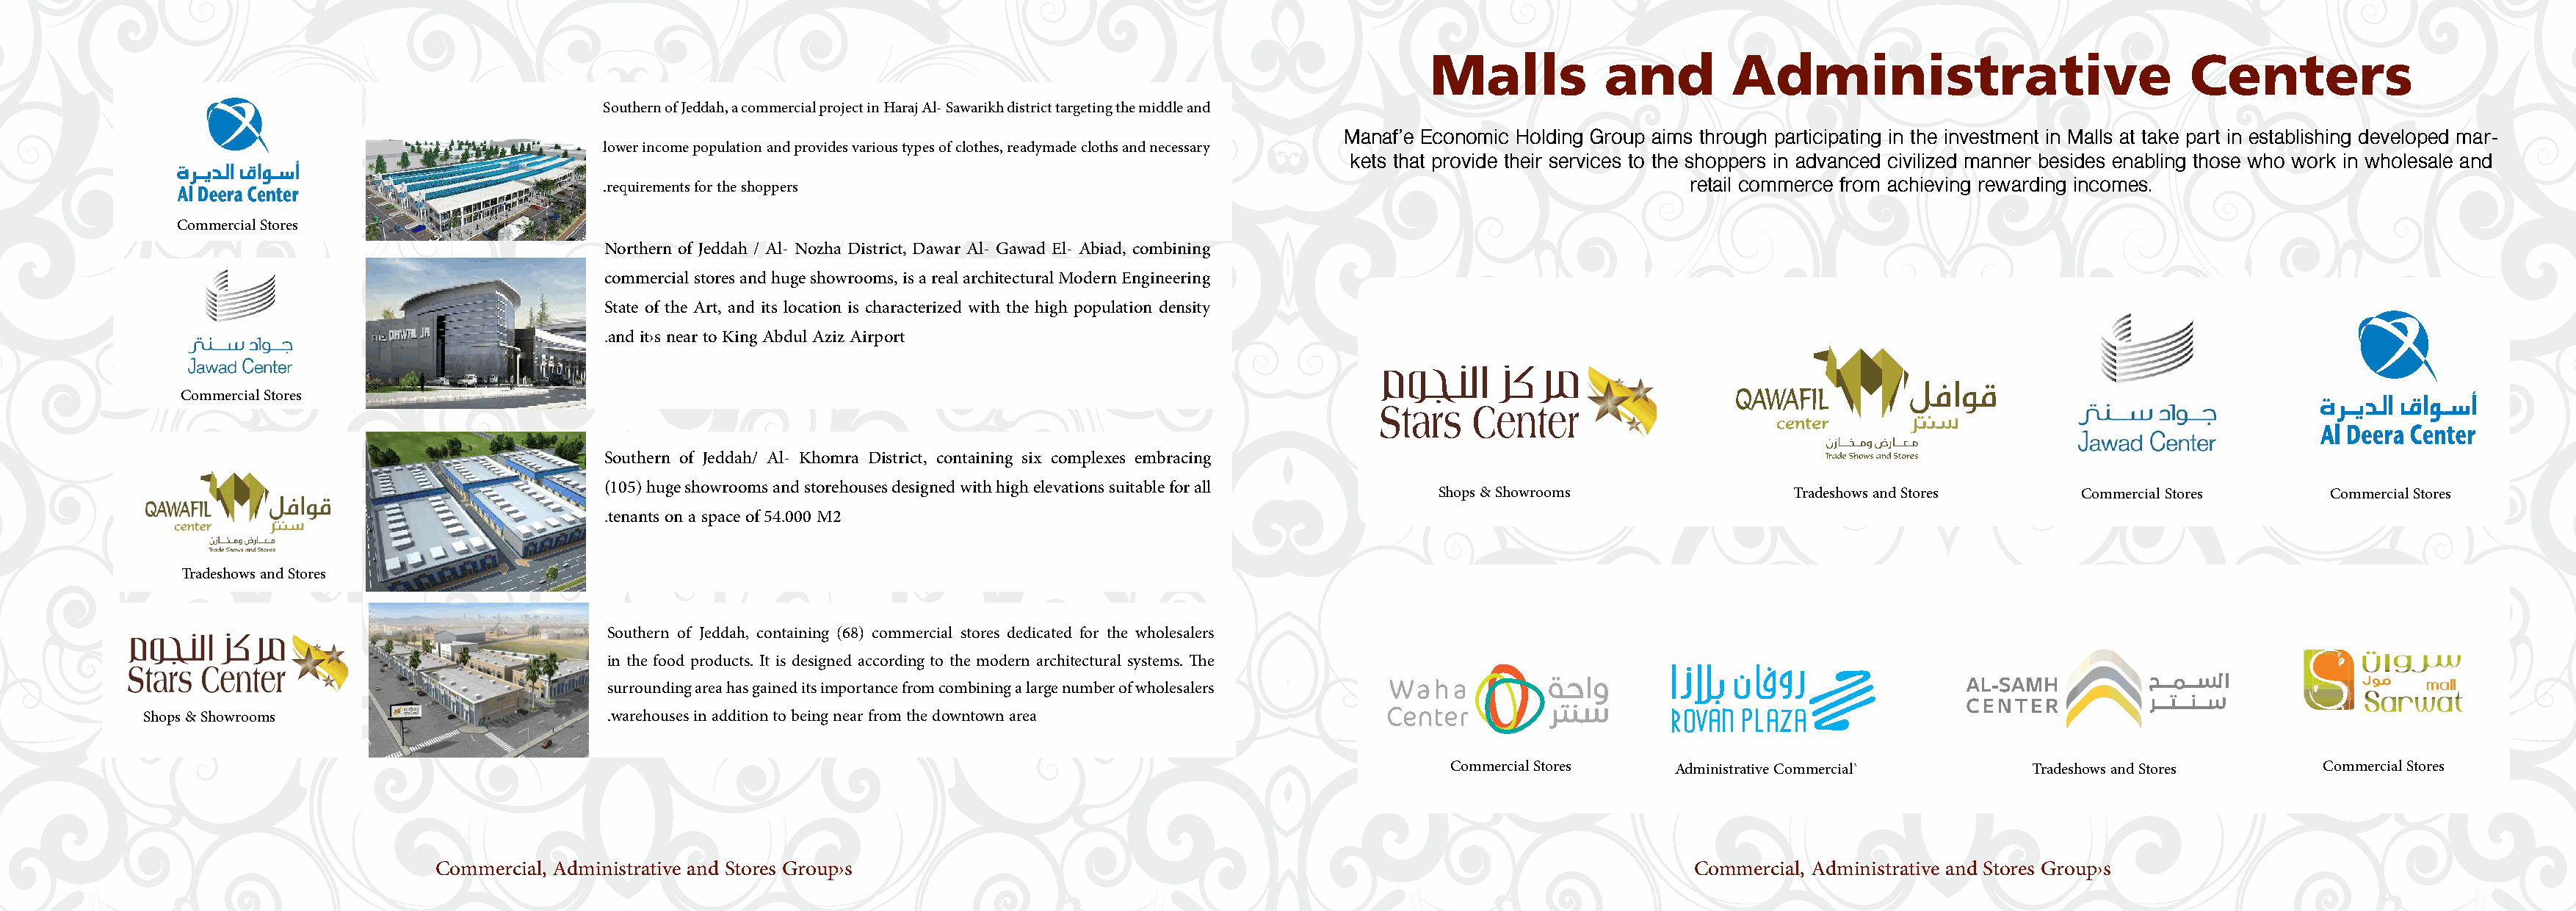
Malls           and        Administrative                           Centers
 Southern of Jeddah, a commercial project in Haraj Al- Sawarikh district targeting the middle and
 Manaf’e Economic Holding Group aims through participating in the investment in Malls at take part in establishing developed mar-
 lower income population and provides various types of clothes, readymade cloths and necessary
 kets that provide their services to the shoppers in advanced civilized manner besides enabling those who work in wholesale and
 .requirements for the shoppers                                                                    retail commerce from achieving rewarding incomes.
 Commercial Stores
 Northern of Jeddah / Al- Nozha District, Dawar Al- Gawad El- Abiad, combining
 commercial stores and huge showrooms, is a real architectural Modern Engineering
 State of the Art, and its location is characterized with the high population density
 .and it›s near to King Abdul Aziz Airport
 Commercial Stores
 Southern of Jeddah/ Al- Khomra District, containing six complexes embracing
 (105) huge showrooms and storehouses designed with high elevations suitable for all
 Shops & Showrooms               Tradeshows and Stores     Commercial Stores     Commercial Stores
 .tenants on a space of 54.000 M2
 Tradeshows and Stores
 Southern of Jeddah, containing (68) commercial stores dedicated for the wholesalers
 in the food products. It is designed according to the modern architectural systems. The
 surrounding area has gained its importance from combining a large number of wholesalers
 Shops & Showrooms                         .warehouses in addition to being near from the downtown area
 Commercial Stores   Administrative Commercial`      Tradeshows and Stores     Commercial Stores
 Commercial, Administrative and Stores Group›s                                                                     Commercial, Administrative and Stores Group›s